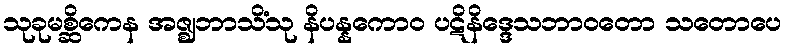
သုခုမစ္ဆိကေန အဇ္ဈဘာသိံသု နိပန္နကောဝ ပဋိနိဒ္ဒေသဘာဝတော သတောပေ